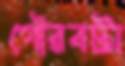
গৌরবটা